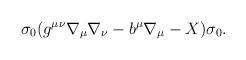
LaTeX: \begin{align*}\sigma_0(g^{\mu\nu}\nabla_{\mu}\nabla_{\nu} - b^{\mu}\nabla_{\mu} - X)\sigma_0.\end{align*}